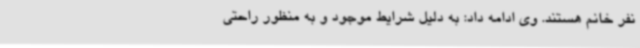
نفر خانم هستند. وی ادامه داد: به دلیل شرایط موجود و به منظور راحتی